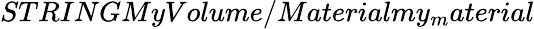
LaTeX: STRINGMyVolume/Materialmy_{m}aterial